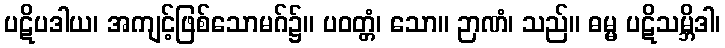
ပဋိပဒါယ၊ အကျင့်ဖြစ်သောမဂ်၌။ ပဝတ္တံ၊ သော။ ဉာဏံ၊ သည်။ ဓမ္မ ပဋိသမ္ဘိဒါ၊